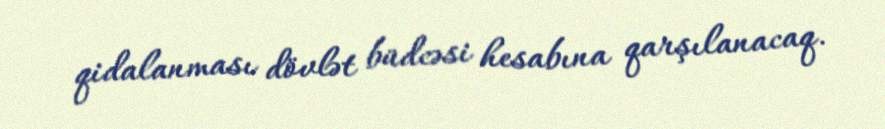
qidalanması dövlət büdcəsi hesabına qarşılanacaq.